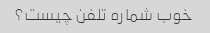
خوب شماره تلفن چیست؟